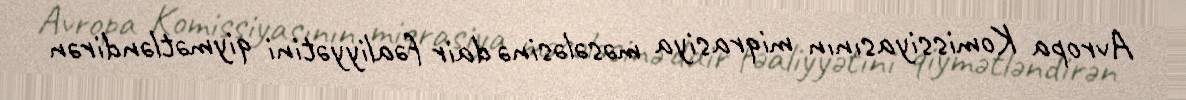
Avropa Komissiyasının miqrasiya məsələsinə dair fəaliyyətini qiymətləndirən